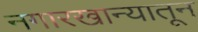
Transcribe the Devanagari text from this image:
नगारखान्यातून